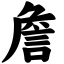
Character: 詹